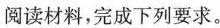
阅读材料，完成下列要求。